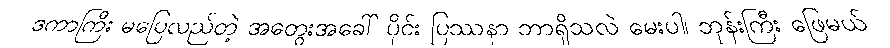
ဒကာကြီး မပြေလည်တဲ့ အတွေးအခေါ် ပိုင်း ပြဿနာ ဘာရှိသလဲ မေးပါ၊ ဘုန်းကြီး ဖြေမယ်